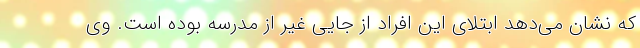
که نشان می‌دهد ابتلای این افراد از جایی غیر از مدرسه بوده است. وی